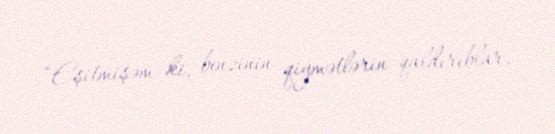
“Eşitmişəm ki, benzinin qiymətlərin qaldırıblar.